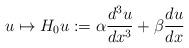
LaTeX: \begin{align*}u\mapsto H_0 u:= \alpha \frac{d^3 u}{d x^3}+\beta\frac{d u}{d x}\end{align*}